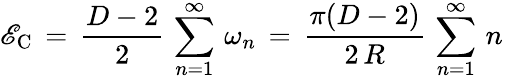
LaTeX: \mathscr{E}_{\mathrm{{C}}}\, =\, \frac{{D-2}}{{2}}\, \sum_{n=1}^{\infty}\, \omega_{n}\, =\, \frac{{\pi(D-2)}}{{2\, R}}\, \sum_{n=1}^{\infty}\, n\,